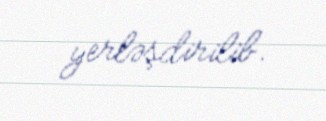
yerləşdirilib.